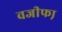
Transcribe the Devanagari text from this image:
वजीफा़